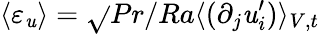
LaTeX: \langle\varepsilon_{\mathit{u}}\rangle=\sqrt{}{{Pr/Ra\langle(\partial_{j}\mathit{u}_{i}^{\prime})\rangle_{V,t}}}